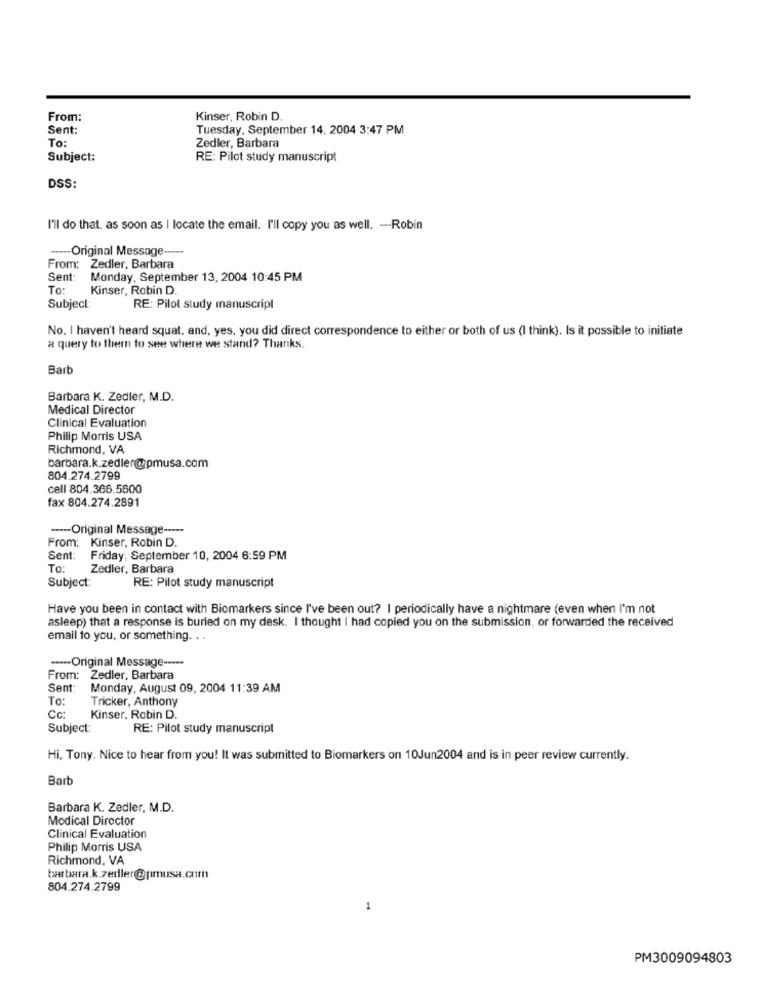
From:
Kinser, Robin D
Sent:
Tuesday, September 14, 2004 3:47 PM
To:
Zedler, Barbara
Subject:
RE: Pilot study manuscript
DSS:
I'll do that, as soon as | locate the email. I'll copy you as well. - Robin
-- Original Message-
From: Zedler, Barbara
Sent:
Monday, September 13, 2004 10:45 PM
To:
Kinser, Robin D
Subject:
RE: Pilot study manuscript
No. I haven't heard squat, and, yes, you did direct correspondence to either or both of us (I think). Is it possible to initiate
a query to them to see where we stand? Thanks.
Barb
Barbara K. Zedler, M.D.
Medical Director
Clinical Evaluation
Philip Morris USA
Richmond, VA
barbara.k.zedler@pmusa.com
804.274.2799
cell 804.366.5600
fax 804.274.2891
---- Original Message -----
From: Kinser, Robin D.
Sent:
Friday, September 10, 2004 6:59 PM
To:
Zedler, Barbara
Subject:
RE: Pilot study manuscript
Have you been in contact with Biomarkers since I've been out? I periodically have a nightmare (even when I'm not
asleep) that a response is buried on my desk. I thought I had copied you on the submission, or forwarded the received
email to you, or something. . .
....- Original Message ----.
From: Zedler, Barbara
Sent:
Monday, August 09, 2004 11:39 AM
To:
Tricker, Anthony
Cc:
Kinser. Robin D.
Subject:
RE: Pilot study manuscript
Hi, Tony. Nice to hear from you! It was submitted to Biomarkers on 10Jun2004 and is in peer review currently.
Barb
Barbara K. Zedler, M.D.
Medical Director
Clinical Evaluation
Philip Morris USA
Richmond, VA
barbara.k.zedler@pmusa.com
804.274.2799
1
PM3009094803